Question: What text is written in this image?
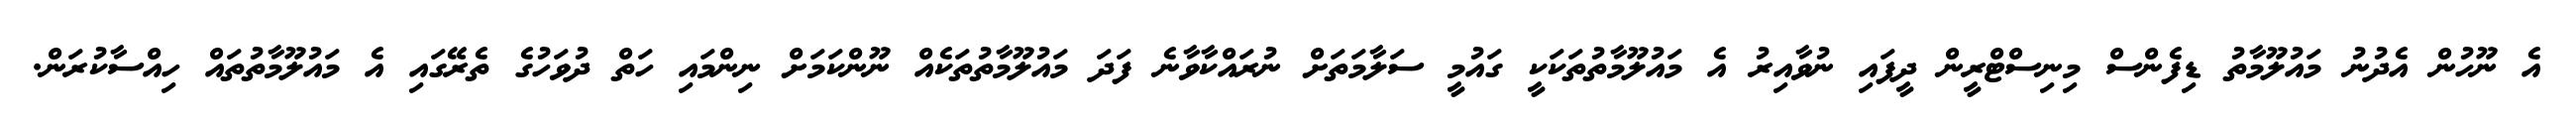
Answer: އެ ނޫހުން އެދުނު މައުލޫމާތު ޑިފެންސް މިނިސްޓްރީން ދީފައި ނުވާއިރު އެ މައުލޫމާތުތަކަކީ ގައުމީ ސަލާމަތަށް ނުރައްކާވާނެ ފަދަ މައުލޫމާތުތަކެއް ނޫންކަމަށް ނިންމައި ހަތް ދުވަހުގެ ތެރޭގައި އެ މައުލޫމާތުތައް ހިއްސާކުރަން.